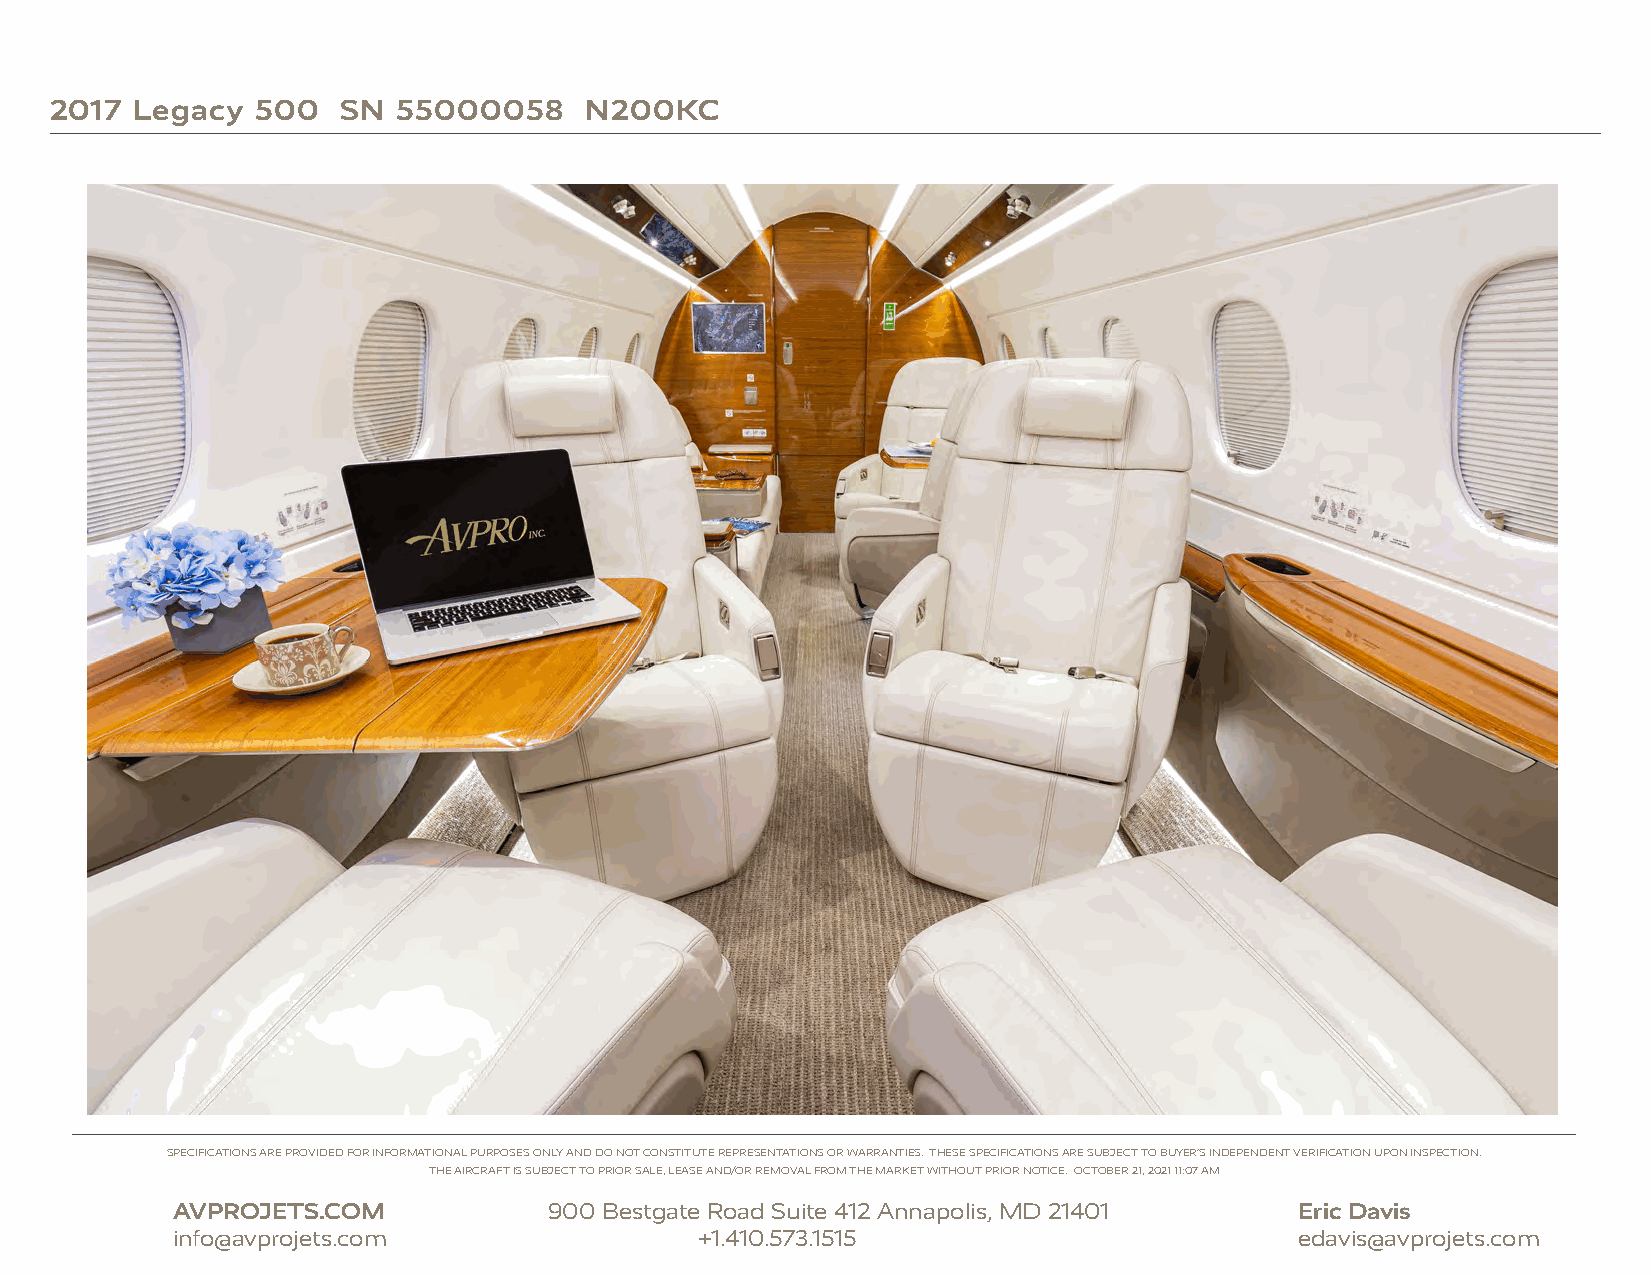
2017  Legacy  500   SN 55000058     N200KC
 SPECIFICATIONS ARE PROVIDED FOR INFORMATIONAL PURPOSES ONLY AND DO NOT CONSTITUTE REPRESENTATIONS OR WARRANTIES. THESE SPECIFICATIONS ARE SUBJECT TO BUYER’S INDEPENDENT VERIFICATION UPON INSPECTION.
 THE AIRCRAFT IS SUBJECT TO PRIOR SALE, LEASE AND/OR REMOVAL FROM THE MARKET WITHOUT PRIOR NOTICE. OCTOBER 21, 2021 11:07 AM
 AVPROJETS.COM            900 Bestgate Road Suite 412 Annapolis, MD 21401   Eric Davis
 info@avprojets.com                 +1.410.573.1515                         edavis@avprojets.com